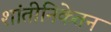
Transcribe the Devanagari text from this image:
शांतीनिकेतन